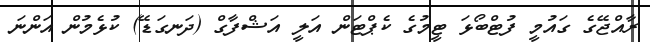
ރާއްޖޭގެ ގައުމީ ފުޓްބޯޅަ ޓީމުގެ ކެޕްޓަން އަލީ އަޝްފާގް (ދަނގަޑޭ) ކުޅެމުން އަންނަ